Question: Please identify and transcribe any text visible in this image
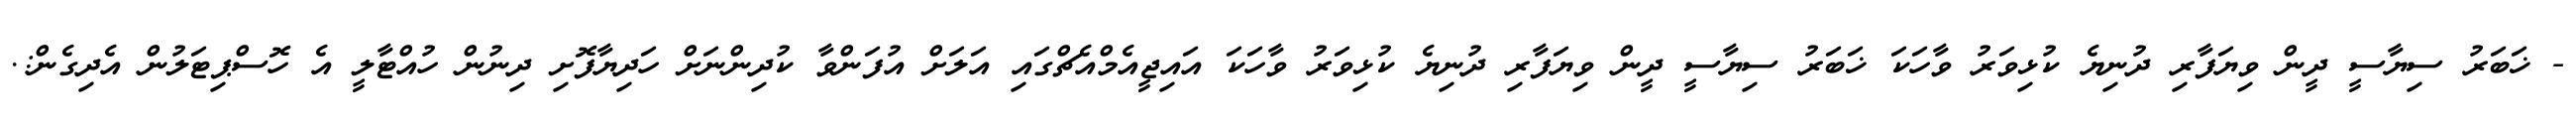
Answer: - ޚަބަރު ސިޔާސީ ދީން ވިޔަފާރި ދުނިޔެ ކުޅިވަރު ވާހަކަ ޚަބަރު ސިޔާސީ ދީން ވިޔަފާރި ދުނިޔެ ކުޅިވަރު ވާހަކަ އައިޖީއެމްއެޗްގައި އަލަށް އުފަންވާ ކުދިންނަށް ހަދިޔާފޮށި ދިނުން ހުއްޓާލީ އެ ހޮސްޕިޓަލުން އެދިގެން:.